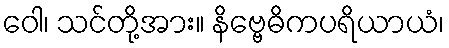
ဝေါ၊ သင်တို့အား။ နိဗ္ဗေဓိကပရိယာယံ၊